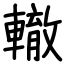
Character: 轍